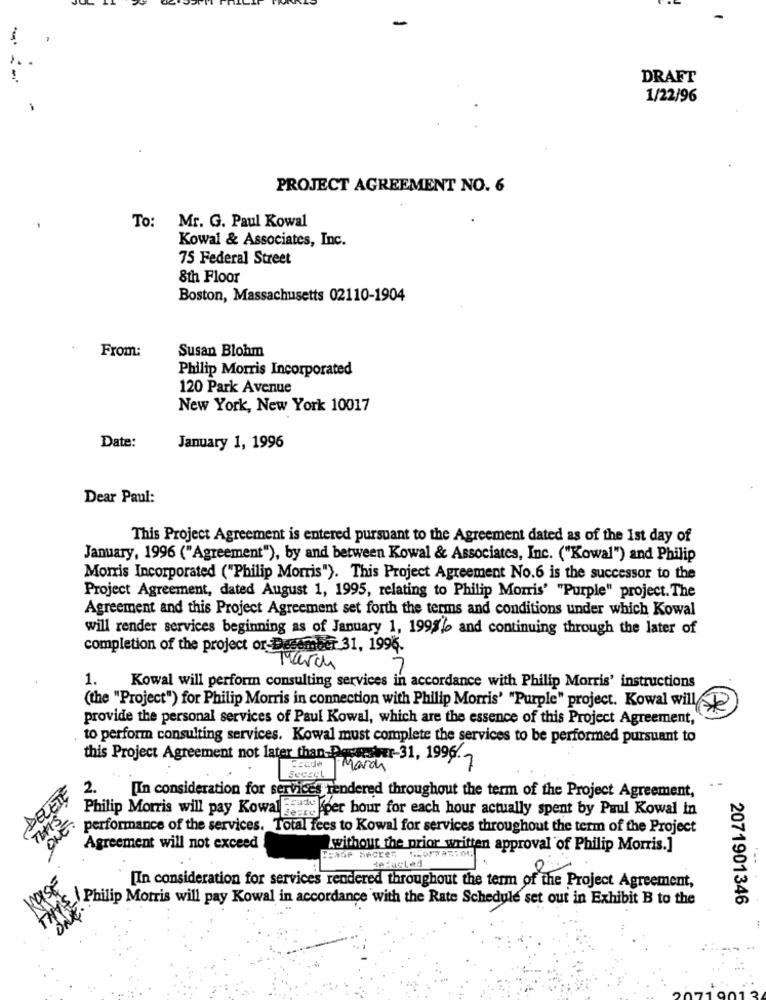
-
-
DRAFT
1/22/96
PROJECT AGREEMENT NO. 6
To: Mr. G. Paul Kowal
Kowal & Associates, Inc.
75 Federal Street
8th Floor
Boston, Massachusetts 02110-1904
From:
Susan Blohm
Philip Morris Incorporated
120 Park Avenue
New York, New York 10017
Date:
January 1, 1996
Dear Paul:
This Project Agreement is entered pursuant to the Agreement dated as of the 1st day of
January, 1996 ("Agreement"), by and between Kowal & Associates, Inc. ("Kowal") and Philip
Morris Incorporated ("Philip Morris"). This Project Agreement No.6 is the successor to the
Project Agreement, dated August 1, 1995, relating to Philip Morris' "Purple" project. The
Agreement and this Project Agreement set forth the terms and conditions under which Kowal
will render services beginning as of January 1, 1995/0 and continuing through the later of
completion of the project or Desember 31, 1996.
March
1.
Kowal will perform consulting services in accordance with Philip Morris' instructions
(the "Project") for Philip Morris in connection with Philip Morris' "Purple" project. Kowal will
provide the personal services of Paul Kowal, which are the essence of this Project Agreement,
to perform consulting services. Kowal must complete the services to be performed pursuant to
this Project Agreement not later than-Dessesver-31, 1996.
Code March
DELETE
2.
[In consideration for services rendered throughout the term of the Project Agreement,
Philip Morris will pay Kowal Heute "per hour for each hour actually spent by Paul Kowal in
TIME
ONE.
performance of the services. Total fees to Kowal for services throughout the term of the Project
Agreement will not exceed
without the prior written approval of Philip Morris.]
deFacLed
[In consideration for services rendered throughout the term of the Project Agreement,
Philip Morris will pay Kowal in accordance with the Rate Schedule set out in Exhibit B to the
2071901346
ONE.
3414